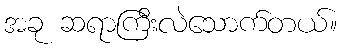
အခု ဆရာကြီးလဲသောက်တယ်။